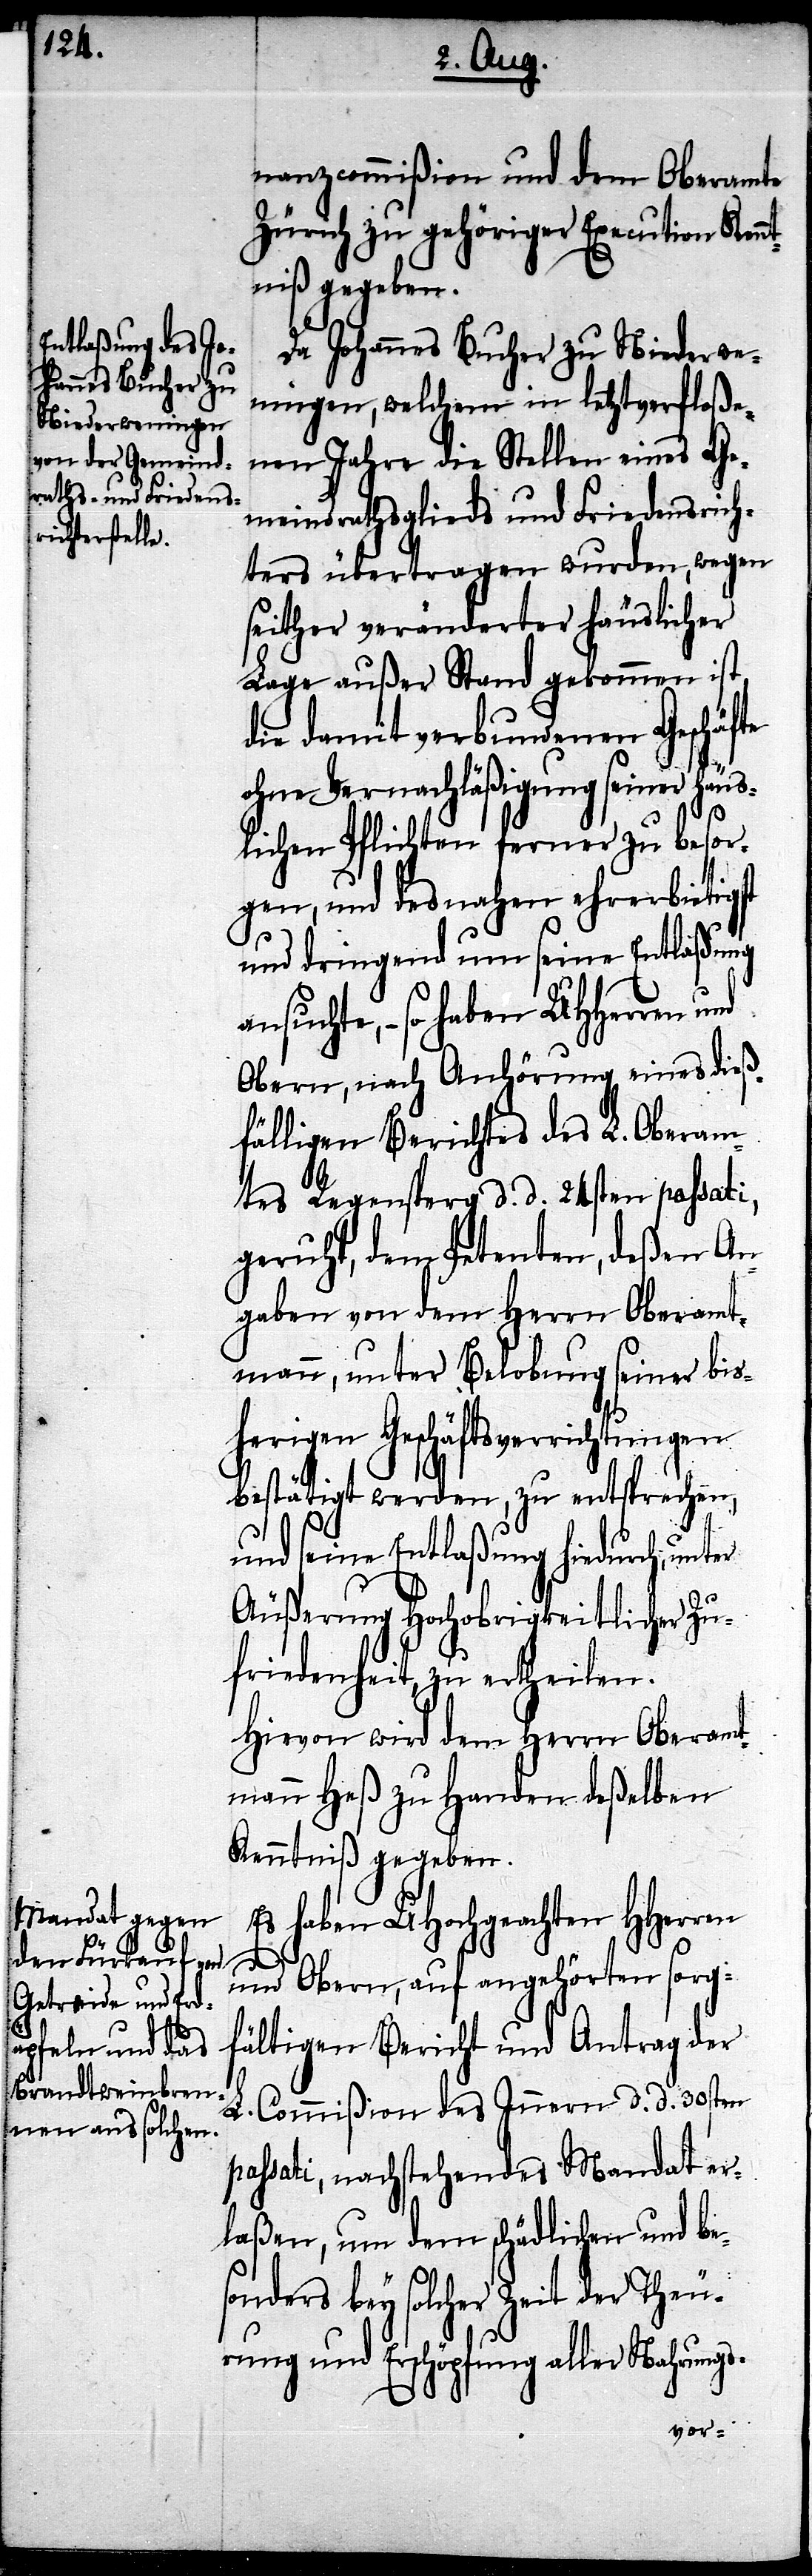
nanzcommißion und dem Oberamte
Zürich zu gehöriger Execution
Da Johannes Bucher zu Niederwe¬
ningen, welchem in letztverfloße¬
nen Jahre die Stellen eines Ge¬
meindsrathsglied und Friedensrich¬
ters übertragen wurden, wegen
seither veränderter häuslicher
Lage außer Stand gekommen ist
die damit verbundenen Geschäfte
ohne Vernachläßigung seiner häus¬
lichen Pflichten ferner zu besor¬
gen, und desnahen ehrerbietigst
und dringend um seine Entlaßung
– so haben UHHerren und
Obern, nach Anhörung eines dieß¬
fälligen Berichtes des L. Oberam¬
tes Regensperg d. d. 24sten passati,
geruht, dem Petenten, deßen An¬
gaben von dem Herrn Oberamt¬
mann, unter Belobung siener bis¬
herigen Geschäftsverrichtungen
bestätigt werden, zu entsprechen,
und seine Entlaßung hiedurch, unter
Äußerung Hochobrigkeitlicher Zu¬
friedenheit, zu ertheilen.
Hievon wird dem Herrn Oberamt¬
mann Heß zu Handen deßelben
Kenntniß gegeben.
Es haben UHochgeachten HHerren
und Obern, auf angehörten sorg¬
fältigen Bericht und Antrag der
L. Commißion des Innern d. d. 30sten
passati, nachstehendes Mandat er¬
laßen, um dem schädlichen und be¬
sonders bey solcher Zeit der Theu¬
rung und Erschöpfung aller Nahrungs-